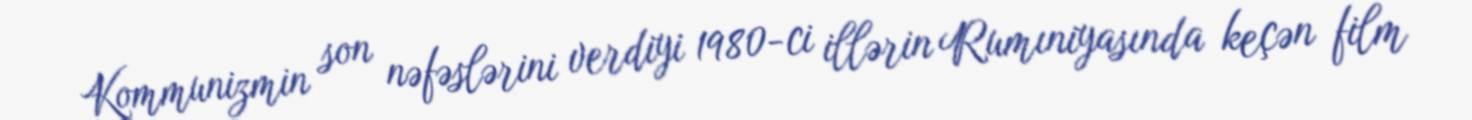
Kommunizmin son nəfəslərini verdiyi 1980-ci illərin Rumıniyasında keçən film